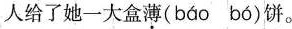
人给了她一大盒薄( báo bó)饼。